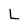
Character: L